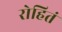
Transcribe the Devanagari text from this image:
रोहितं